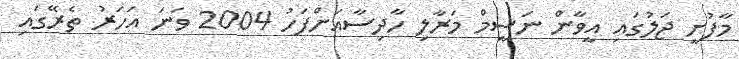
މާފުށީ ޖަލުގައި އީވާން ނަސީމް މަރާލި ހާދިސާއަށްފަހު 2004 ވަނަ އަހަރު ތެރޭގައި